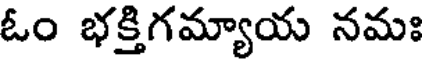
ఓం భక్తిగమ్యాయ నమః